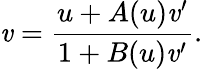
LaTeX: \mathit{v}=\frac{{u+A(u)\mathit{v}^{\prime}}}{{1+B(u)\mathit{v}^{\prime}}}.